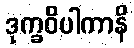
ဒုက္ခဝိပါကာနိ